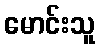
မောင်းသူ